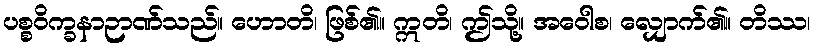
ပစ္စဝိက္ခနာဉာဏ်သည်။ ဟောတိ၊ ဖြစ်၏။ ဣတိ၊ ဤသို့။ အဝေါစ၊ လျှောက်၏။ တိဿ၊